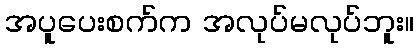
အပူပေးစက်က အလုပ်မလုပ်ဘူး။